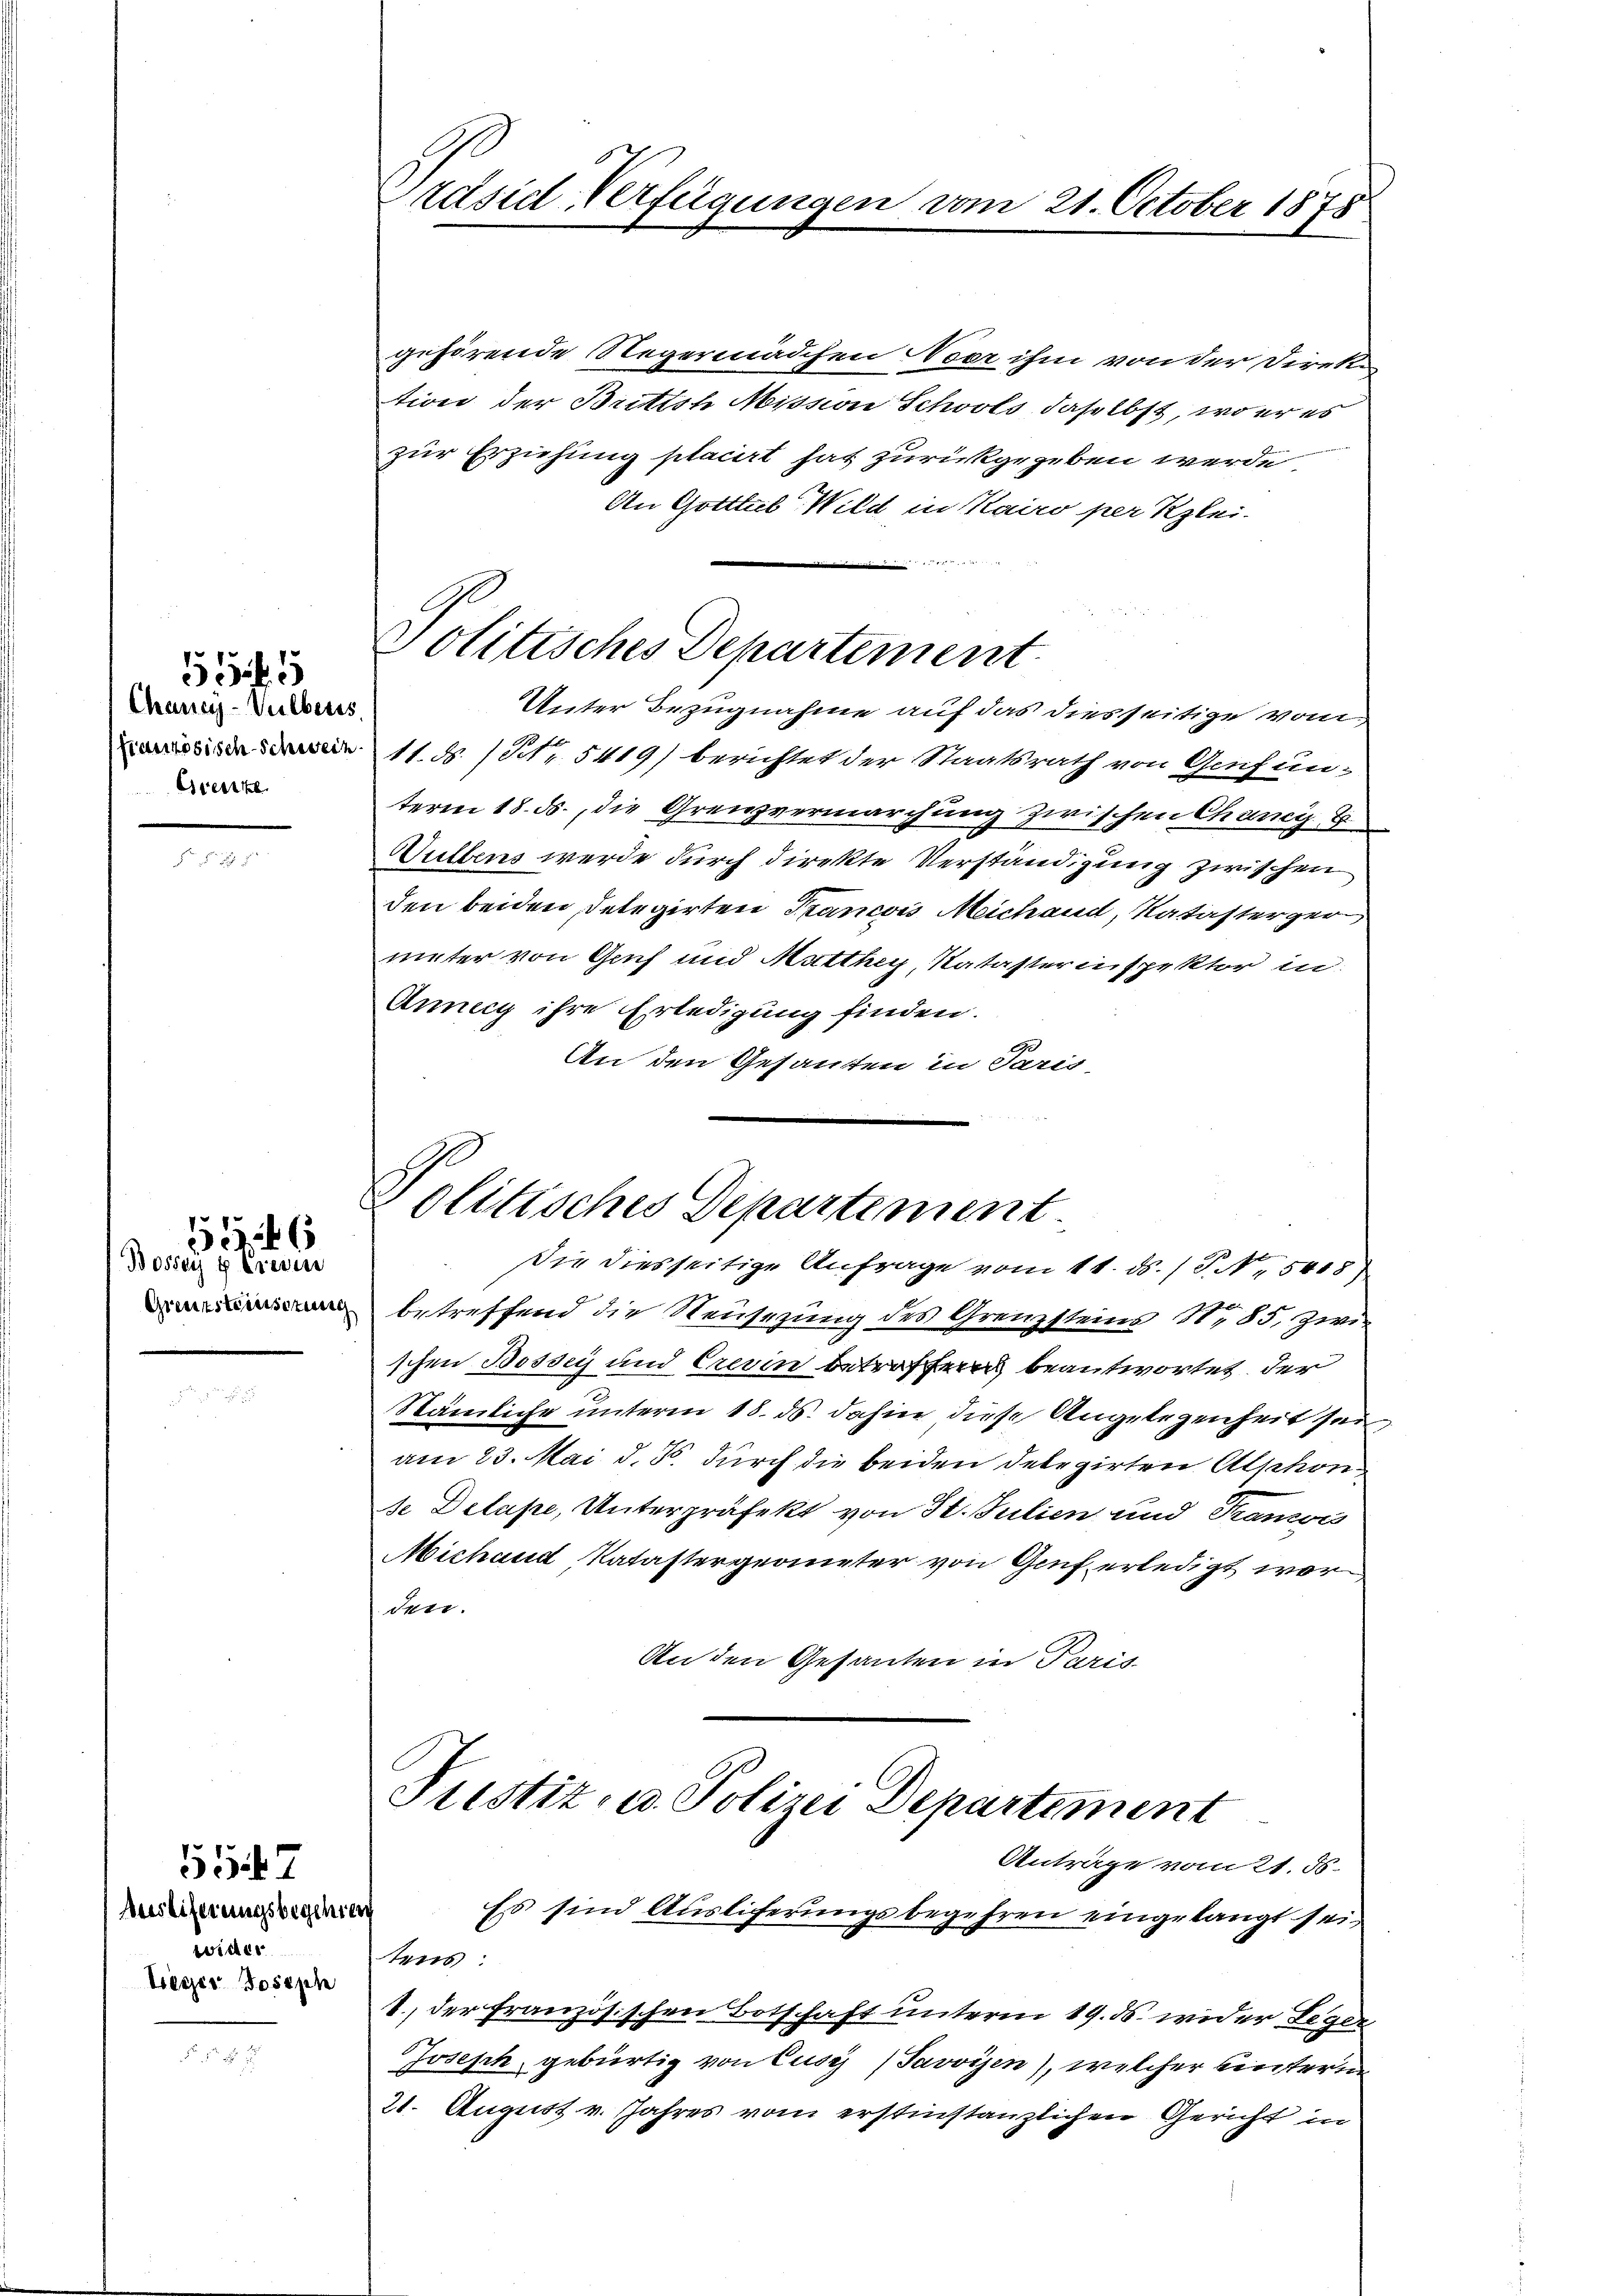
Chancy-Vulberts
französisch-Schwein
Grenze

534. 5

Bossaye Eieren
Grenzsteinsezung

552

Auslieferungsbegehreng
wiches
Lieger Joseph

557

räsid-Verfügungen vom 21. October 1878

Politisches Departement

gehörende Negermädchen Neer ihm von der Direktion der Brittsh Mission Schoots daselbst, wo er es
zur Erziehung placirt hat zurückgegeben werde
An Gotttul Wild in Kairo per Klei-
Unter Bezugnahme auf das diesseitige vom
11. ds. (Nr. 5419) berichtet der Staatsrath von Genf unterm 18. ds., die Grenzvermarchung zwischen Chancy 8
Sultens werde durch direkte Verständigung zwischen
den beiden Delegirten Francois Mechand, Katasterger
niter von Gach und Matthey, Kataster inspektor in
Anney ihre Erledigung finden.
An den Gesanten in Paris,

olitisches Departement.
Die diesseitige Anfrage vom 11. ds. (T. N. 5408

betreffend die Neusezung des Grenzsteins S. 85, zwi
schen Bossey und Crerin betroffend beantwortet der
Nämliche unterm 18. ds. dahin diese Angelegenheit sei
am 23. Mai d. Js. durch die beiden Delegirten Alphon
se Delape, Unterpräfekt von St. Julien und Trans
Michand Katastergeometer von Genf erledigt wor
den.
An den Gesanten in Paris
Justiz- u. Polizei Departement
Anträge vom 21. 56.
Es sind Auslieferungsbegehren eingelangt sein
e
tens
1., der Französischen Botschaft unterm 19. ds. wider Leger
Joseph gebürtig von Cusz (Javvisen), welcher eintern
21. August v. Jahres vom erstinstanzlichen Gericht in